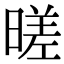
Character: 暛